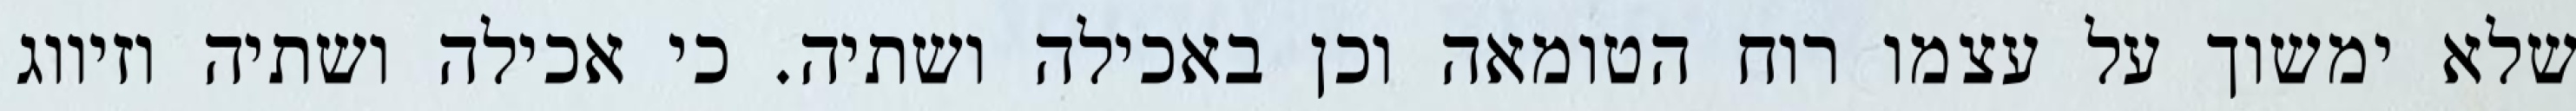
שלא ימשוך על עצמו רוח הטומאה וכן באכילה ושתיה. כי אכילה ושתיה וזיווג